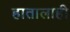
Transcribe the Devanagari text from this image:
हातालाही